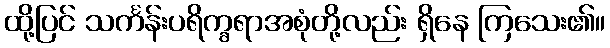
ထို့ပြင် သင်္ကန်းပရိက္ခရာအစုံတို့လည်း ရှိနေ ကြသေး၏။